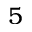
5